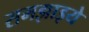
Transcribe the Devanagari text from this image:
समझाइये